Indian journal of veterinary science and animal husbandry - Volumes 15-17, 1948-1951
Year: 1948
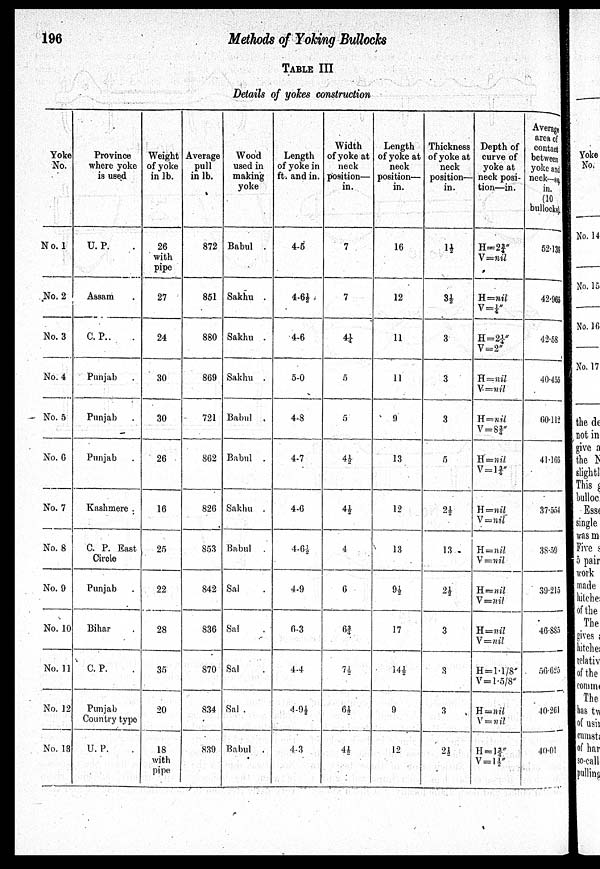
196
Methods of Yoking Bulloch
TABLE III
Details of yokes construction
Yoke
No.
No. 1
No, 2
No. 3
No. 4
No. 5
No. 6
No. 7
No. 8
No. 9
No. 10
No. 11
No. 12
No. 13
Province
where yoke
is used
U. P.
Assam
C. P..
Punjab
Punjab
Punjab
Kashmere .
C. P. East
Circle
Punjab
Bihar
C. P.
Punjab
Country type
U. P.
Weight
of yoke
in lb.
26
with
Pipe
27
24
30
30
26
16
25
22
28
35
20
18
with
pipe
Average
pull
in lb.
872
851
880
869
721
862
826
853
842
836
870
834
839
Wood
used in
making
yoke
Babul .
Sakhu .
Sakhu .
Sakhu .
Babul
Babul .
Sakhu .
Babul .
Sal
Sal
Sal
Sal .
Babul .
Length
of yoke in
ft. and in.
4.5
4.6½
4.6
5.0
4.8
4.7
4.6
4.6½
4.9
6.3
4.4
4.9½
4.3
Width
of yoke at
neck
position—
in.
7
7
4¼
5
5
4½
4½
4
6
6¾
7½
6½
4½
Length
of yoke at
neck
position—
in.
16
12
11
11
9
13
12
13
9½
17
14½
9
12
Thickness
of yoke at
neck
position—
in.
1½
3½
3
3
3
5
2½
13
2½
3
3
3
2½
Depth of
curve of
yoke at
neck posi-
tion—in.
H = 2¾"
V = nil
H = nil
V = ¼"
H = 2¼"
V = 2"
H = nil
V. = nil
H = nil
V = 8¾"
H = nil
V = 1¾"
H = nil
V = nil
H = nil
V = nil
H = nil
V = nil
H=nil
V = nil
H = 1.1/8
V = 1.5/8"
H = nil
V = nil
H = 1¾"
V = 1½"
Average
area of
contact
between
yoke and
neck—sq.
in.
(10
bullocks),
52.138
42.965
42.58
40.455
60.112
41.166
37.554
38.59
39.215
46.885
56.626
40.261
40.01